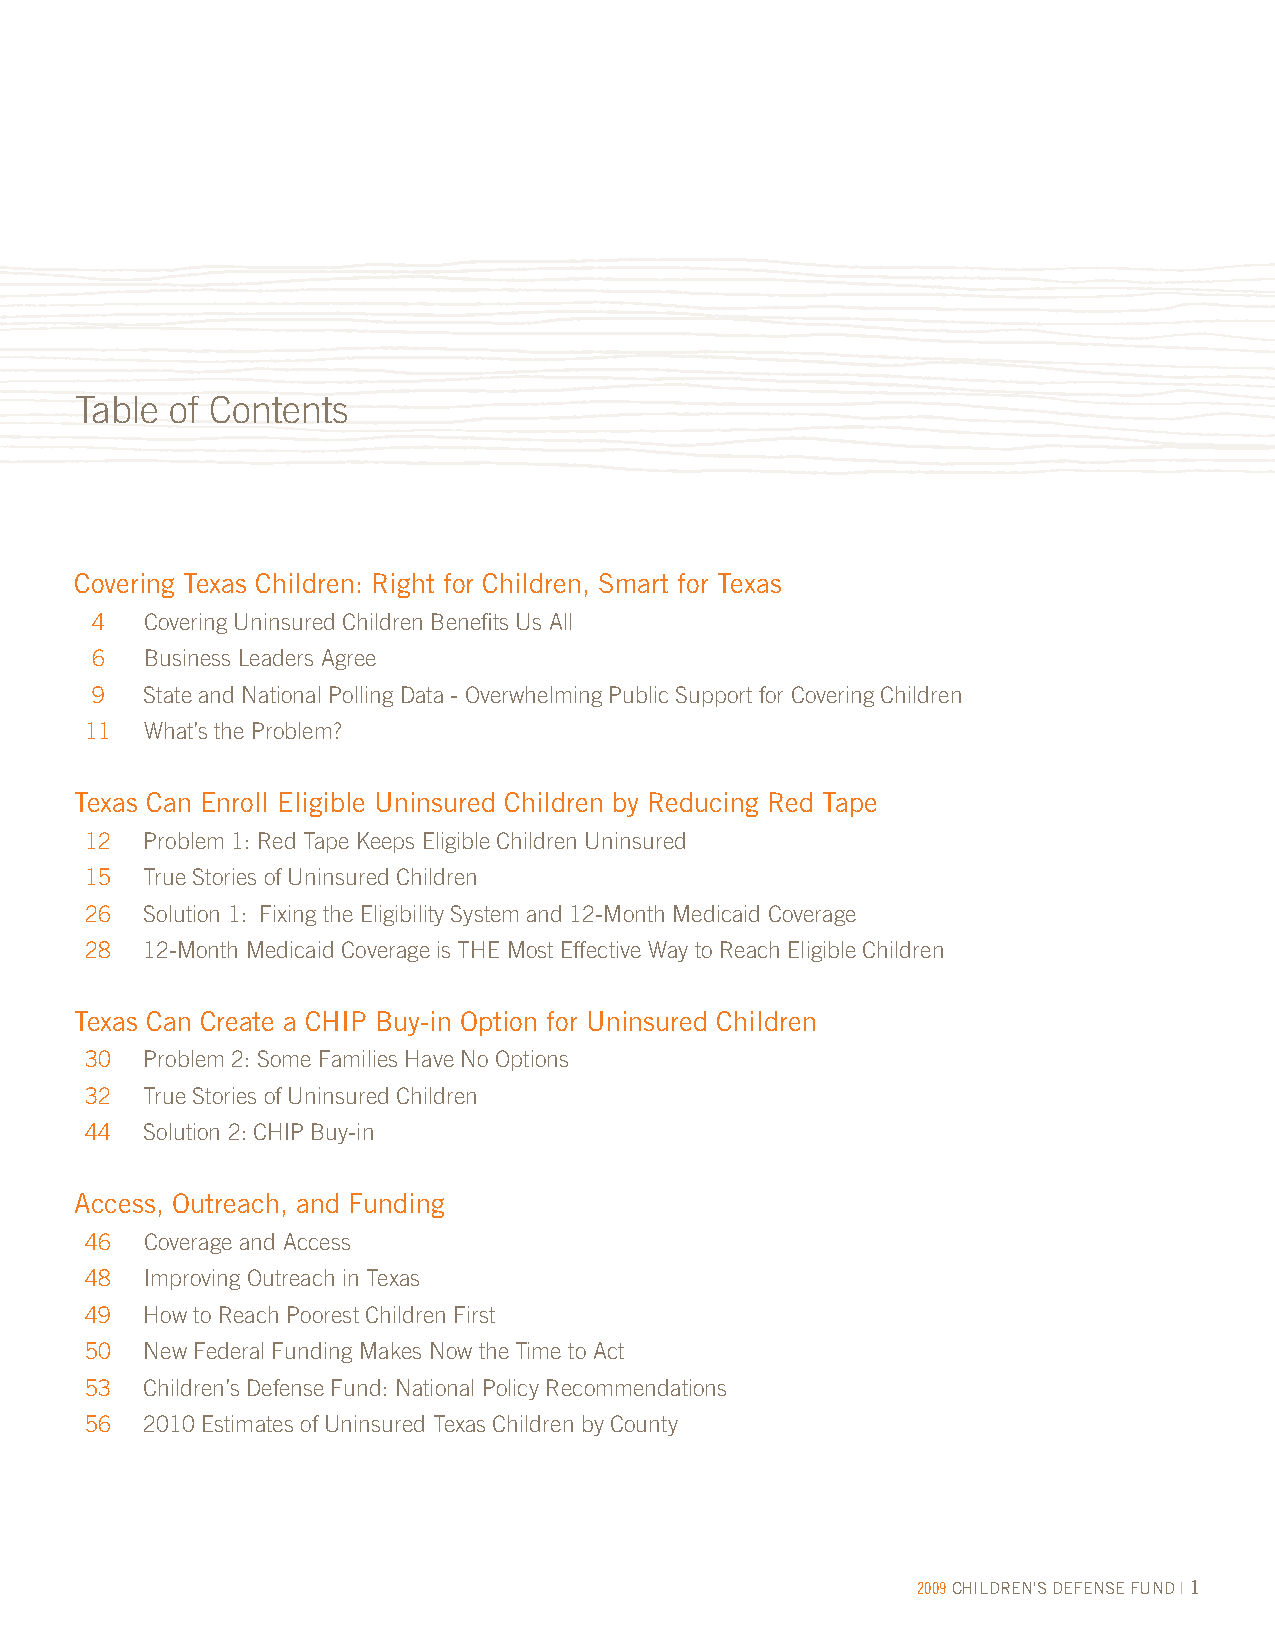
Table of Contents
 Covering Texas Children: Right for Children, Smart for Texas
 4   Covering Uninsured Children Benefits Us All
 6   Business Leaders Agree
 9   State and National Polling Data - Overwhelming Public Support for Covering Children
 11  What’s the Problem?
 Texas Can Enroll Eligible Uninsured Children by Reducing Red Tape
 12  Problem 1: Red Tape Keeps Eligible Children Uninsured
 15  True Stories of Uninsured Children
 26  Solution 1: Fixing the Eligibility System and 12-Month Medicaid Coverage
 28  12-Month Medicaid Coverage is THE Most Effective Way to Reach Eligible Children
 Texas Can Create a CHIP Buy-in Option for Uninsured Children
 30  Problem 2: Some Families Have No Options
 32  True Stories of Uninsured Children
 44  Solution 2: CHIP Buy-in
 Access, Outreach, and Funding
 46  Coverage and Access
 48  Improving Outreach in Texas
 49  How to Reach Poorest Children First
 50  New Federal Funding Makes Now the Time to Act
 53  Children’s Defense Fund: National Policy Recommendations
 56  2010 Estimates of Uninsured Texas Children by County
 2009 CHILDREN'S DEFENSE FUND | 1